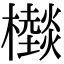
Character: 㰊